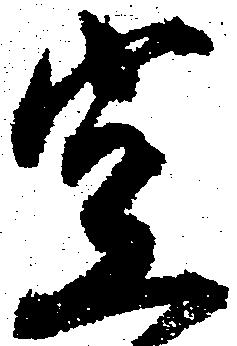
空